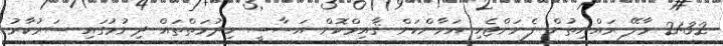
21:32 މާލޭ ރައްޔިތުން ފެނަށްޖެހި އަމާންކަން ޤާއިމްކޮށް އަސާސީ ހިދުމަތްތައް ދިނުމުގައި ސަރުކާރު